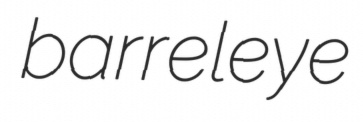
barreleye